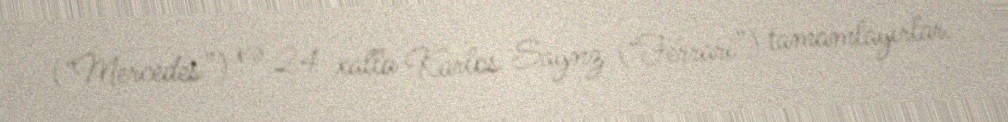
(“Mercedes”) və 24 xalla Karlos Saynz (“Ferrari”) tamamlayırlar.